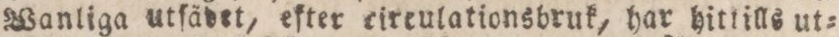
Wanliga utſädet, efter eircula tionsbruk, har hittills ut=